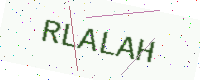
Text: RLALAH